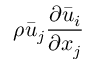
{ \rho } \Bar { u } _ { j } \frac { { \partial } \Bar { u } _ { i } } { { \partial } x _ { j } }